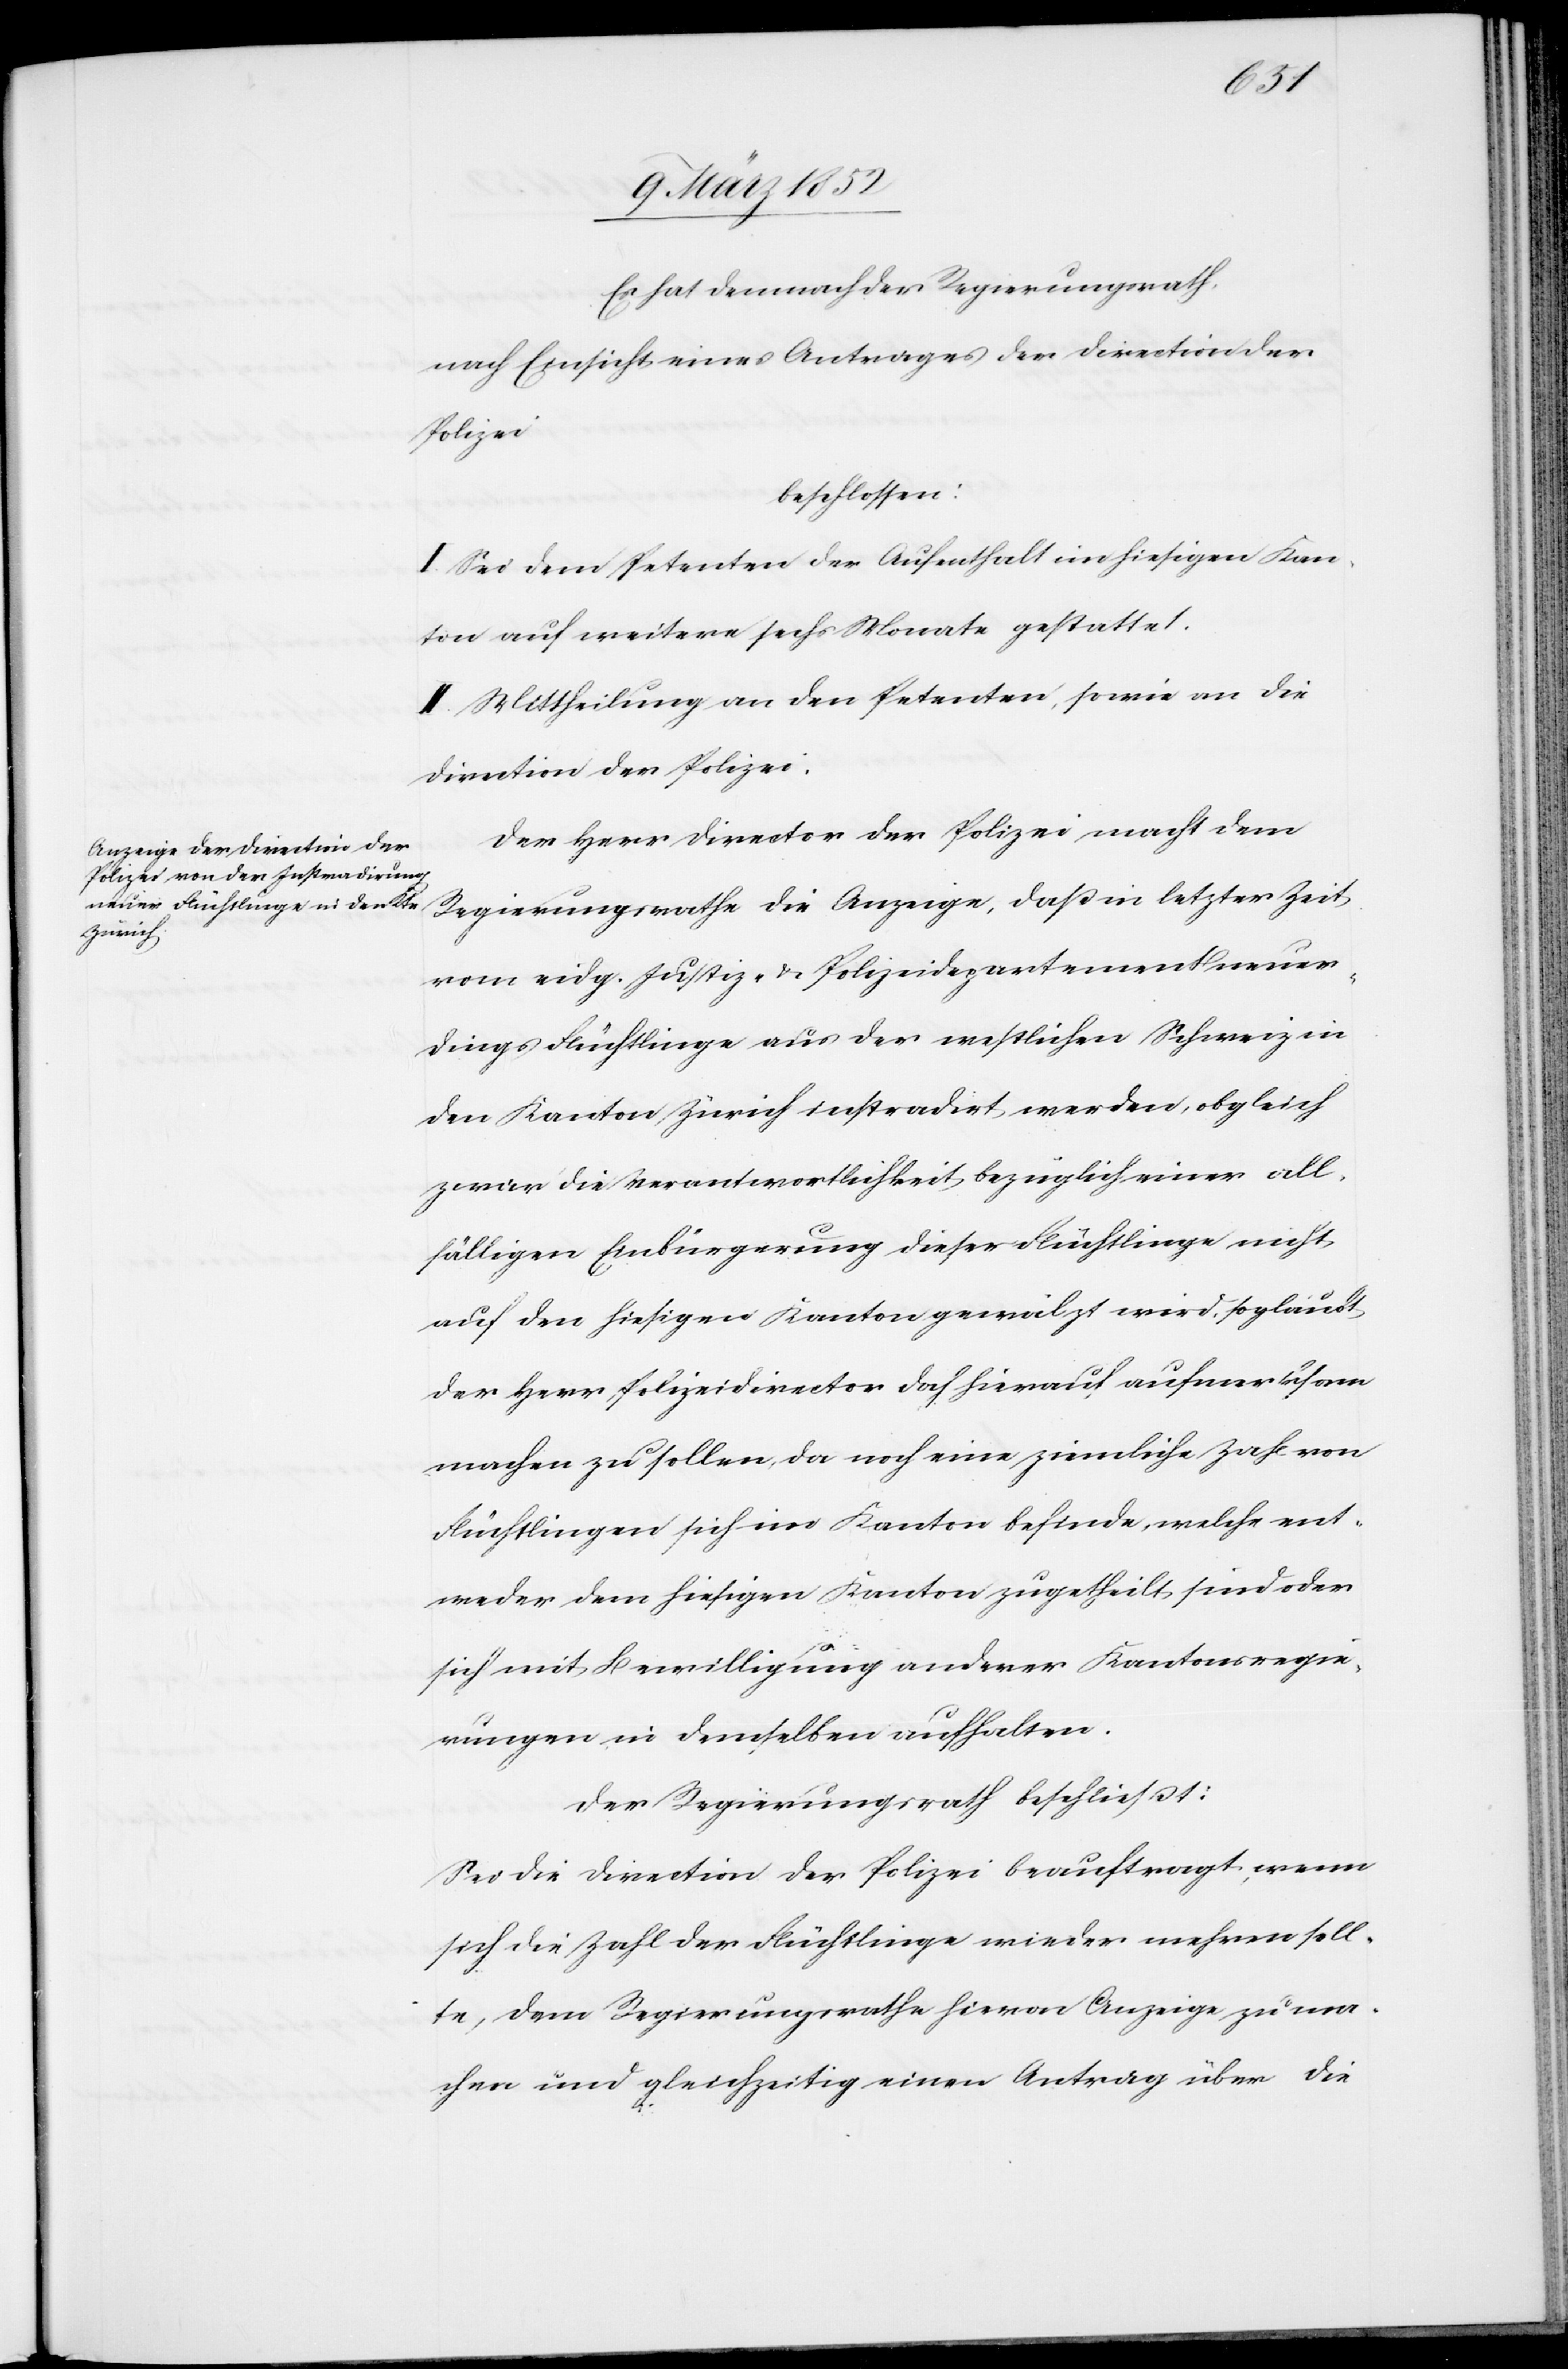
Es hat demnach der Regierungsrath,
nach Einsicht eines Antrages der Direction der
Polizei
beschlossen:
I. Sei dem Petenten der Aufenthalt im hiesigen Kan¬
ton auf weitere sechs Monate gestattet.
II. Mittheilung an den Petenten, sowie an die
Direction der Polizei.
Der Herr Director der Polizei macht dem
Regierungsrathe die Anzeige, daß in letzter Zeit
vom eidg. Justiz- u. Polizeidepartement neuer¬
dings Flüchtlinge aus der westlichen Schweiz in
den Kanton Zürich instradirt werden, obgleich
zwar die Verantwortlichkeit bezüglich einer all¬
fälligen Einbürgerung dieser Flüchtlinge nicht
auf den hiesigen Kanton gewährt wird, so glaubt
der Herr Polizeidirector doch hierauf aufmerksam
machen zu sollen, da noch eine ziemliche Zahl von
Flüchtlingen sich im Kanton befinde, welche ent¬
weder dem hiesigen Kanton zugetheilt sind oder
sich mit Bewilligung anderer Kantonsregie¬
rungen in demselben aufhalten.
Der Regierungsrath beschließt:
Sei die Direction der Polizei beauftragt, wenn
sich die Zahl der Flüchtlinge wieder mehren soll¬
te, dem Regierungsrathe hievon Anzeige zu ma¬
chen und gleichzeitig einen Antrag über die